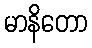
မာနိတော